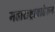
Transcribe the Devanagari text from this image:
महाराष्ट्राबाहेरून